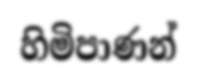
හිමිපාණන්